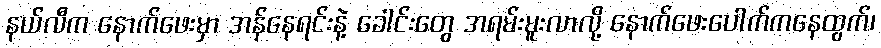
နယ်လီက နောက်ဖေးမှာ အန်နေရင်းနဲ့ ခေါင်းတွေ အရမ်းမူးလာလို့ နောက်ဖေးပေါက်ကနေထွက်၊